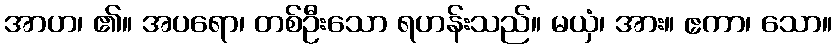
အာဟ၊ ၏။ အပရော၊ တစ်ဦးသော ရဟန်းသည်။ မယှံ၊ အား။ ဧကာ၊ သော။